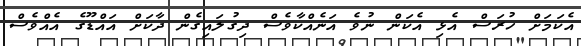
އެކަމަށް ހުރަސް އެޅި އެކަން ނުވެ އަނެއްކާވެސް ދިގުލައިގެން ދާކަށް އައްޑޫގެ އެއްވެސް